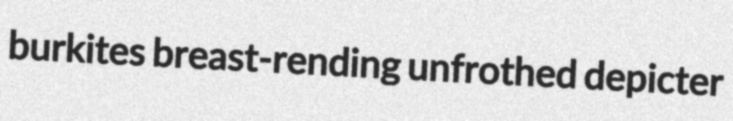
burkites breast-rending unfrothed depicter